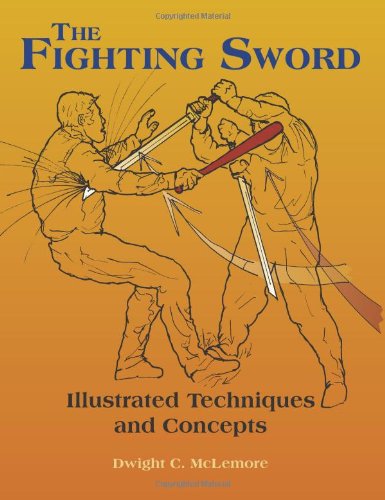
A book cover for The Fighting Sword: Illustrated Techniques and Concepts; Dwight C. McLemore; Sports & Outdoors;